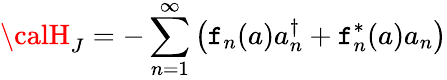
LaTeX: {\calH}_{J}=-\sum_{n=1}^{\infty}\left(\mathtt{f}_{n}(a)a_{n}^{\dagger}+\mathtt{f}_{n}^{*}(a)a_{n}\right)